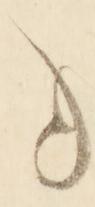
と